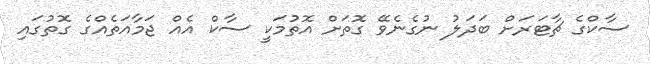
ސާކްގެ ޗާޓަރަށް ބަދަލު ނުގެނެވޭ ގޮތަށް އޮތުމަކީ ސާކް އެއް ޖަމާއަތެއްގެ ގޮތުގައި